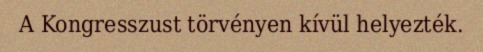
A Kongresszust törvényen kívül helyezték.